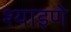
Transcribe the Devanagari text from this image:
श्याइणे